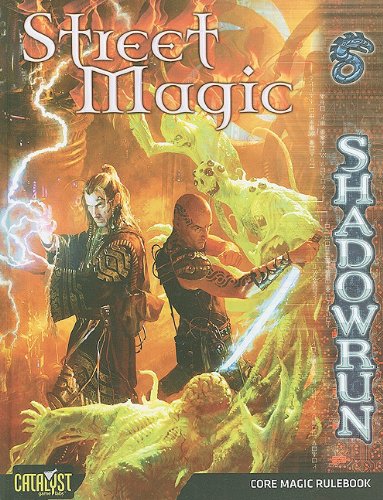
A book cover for Shadowrun Street Magic (Shadowrun (Catalyst Hardcover)); Rob Boyle; Science Fiction & Fantasy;